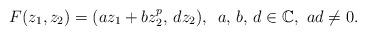
LaTeX: \begin{align*}F(z_{1},z_{2}) = (a z_{1} + b z_{2}^{p},\, d z_{2} ),\,\,\, a,\,b,\,d \in \mathbb{C},\,\,ad \not = 0.\end{align*}